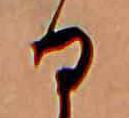
る